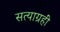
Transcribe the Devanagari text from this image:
सत्याग्रहीं